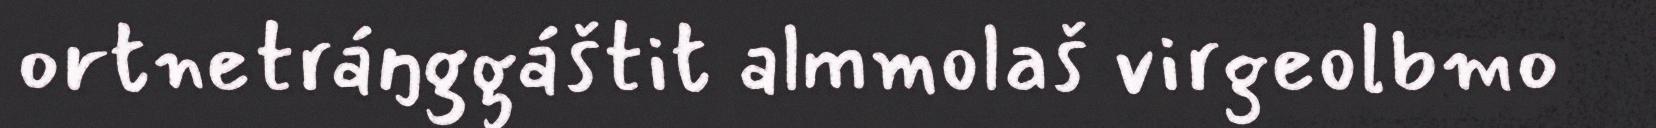
ortnetráŋggáštit almmolaš virgeolbmo